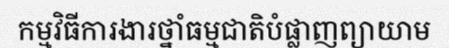
កម្មវិធីការងារថ្នាំធម្មជាតិបំផ្លាញព្យាយាម